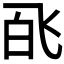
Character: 𬲉